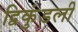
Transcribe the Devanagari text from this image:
द्विकुंडली